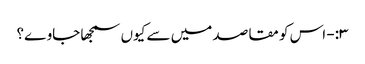
۳:- اس کو مقاصد میں سے کیوں سمجھا جاوے؟